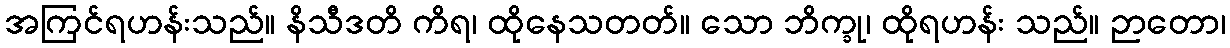
အကြင်ရဟန်းသည်။ နိသီဒတိ ကိရ၊ ထိုနေသတတ်။ သော ဘိက္ခု၊ ထိုရဟန်း သည်။ ဉာတော၊